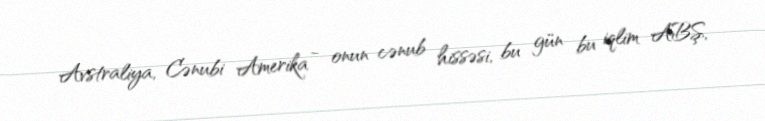
Avstraliya, Cənubi Amerika - onun cənub hissəsi, bu gün bu iqlim ABŞ,